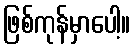
ဖြစ်ကုန်မှာပေါ့။